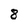
Character: 8